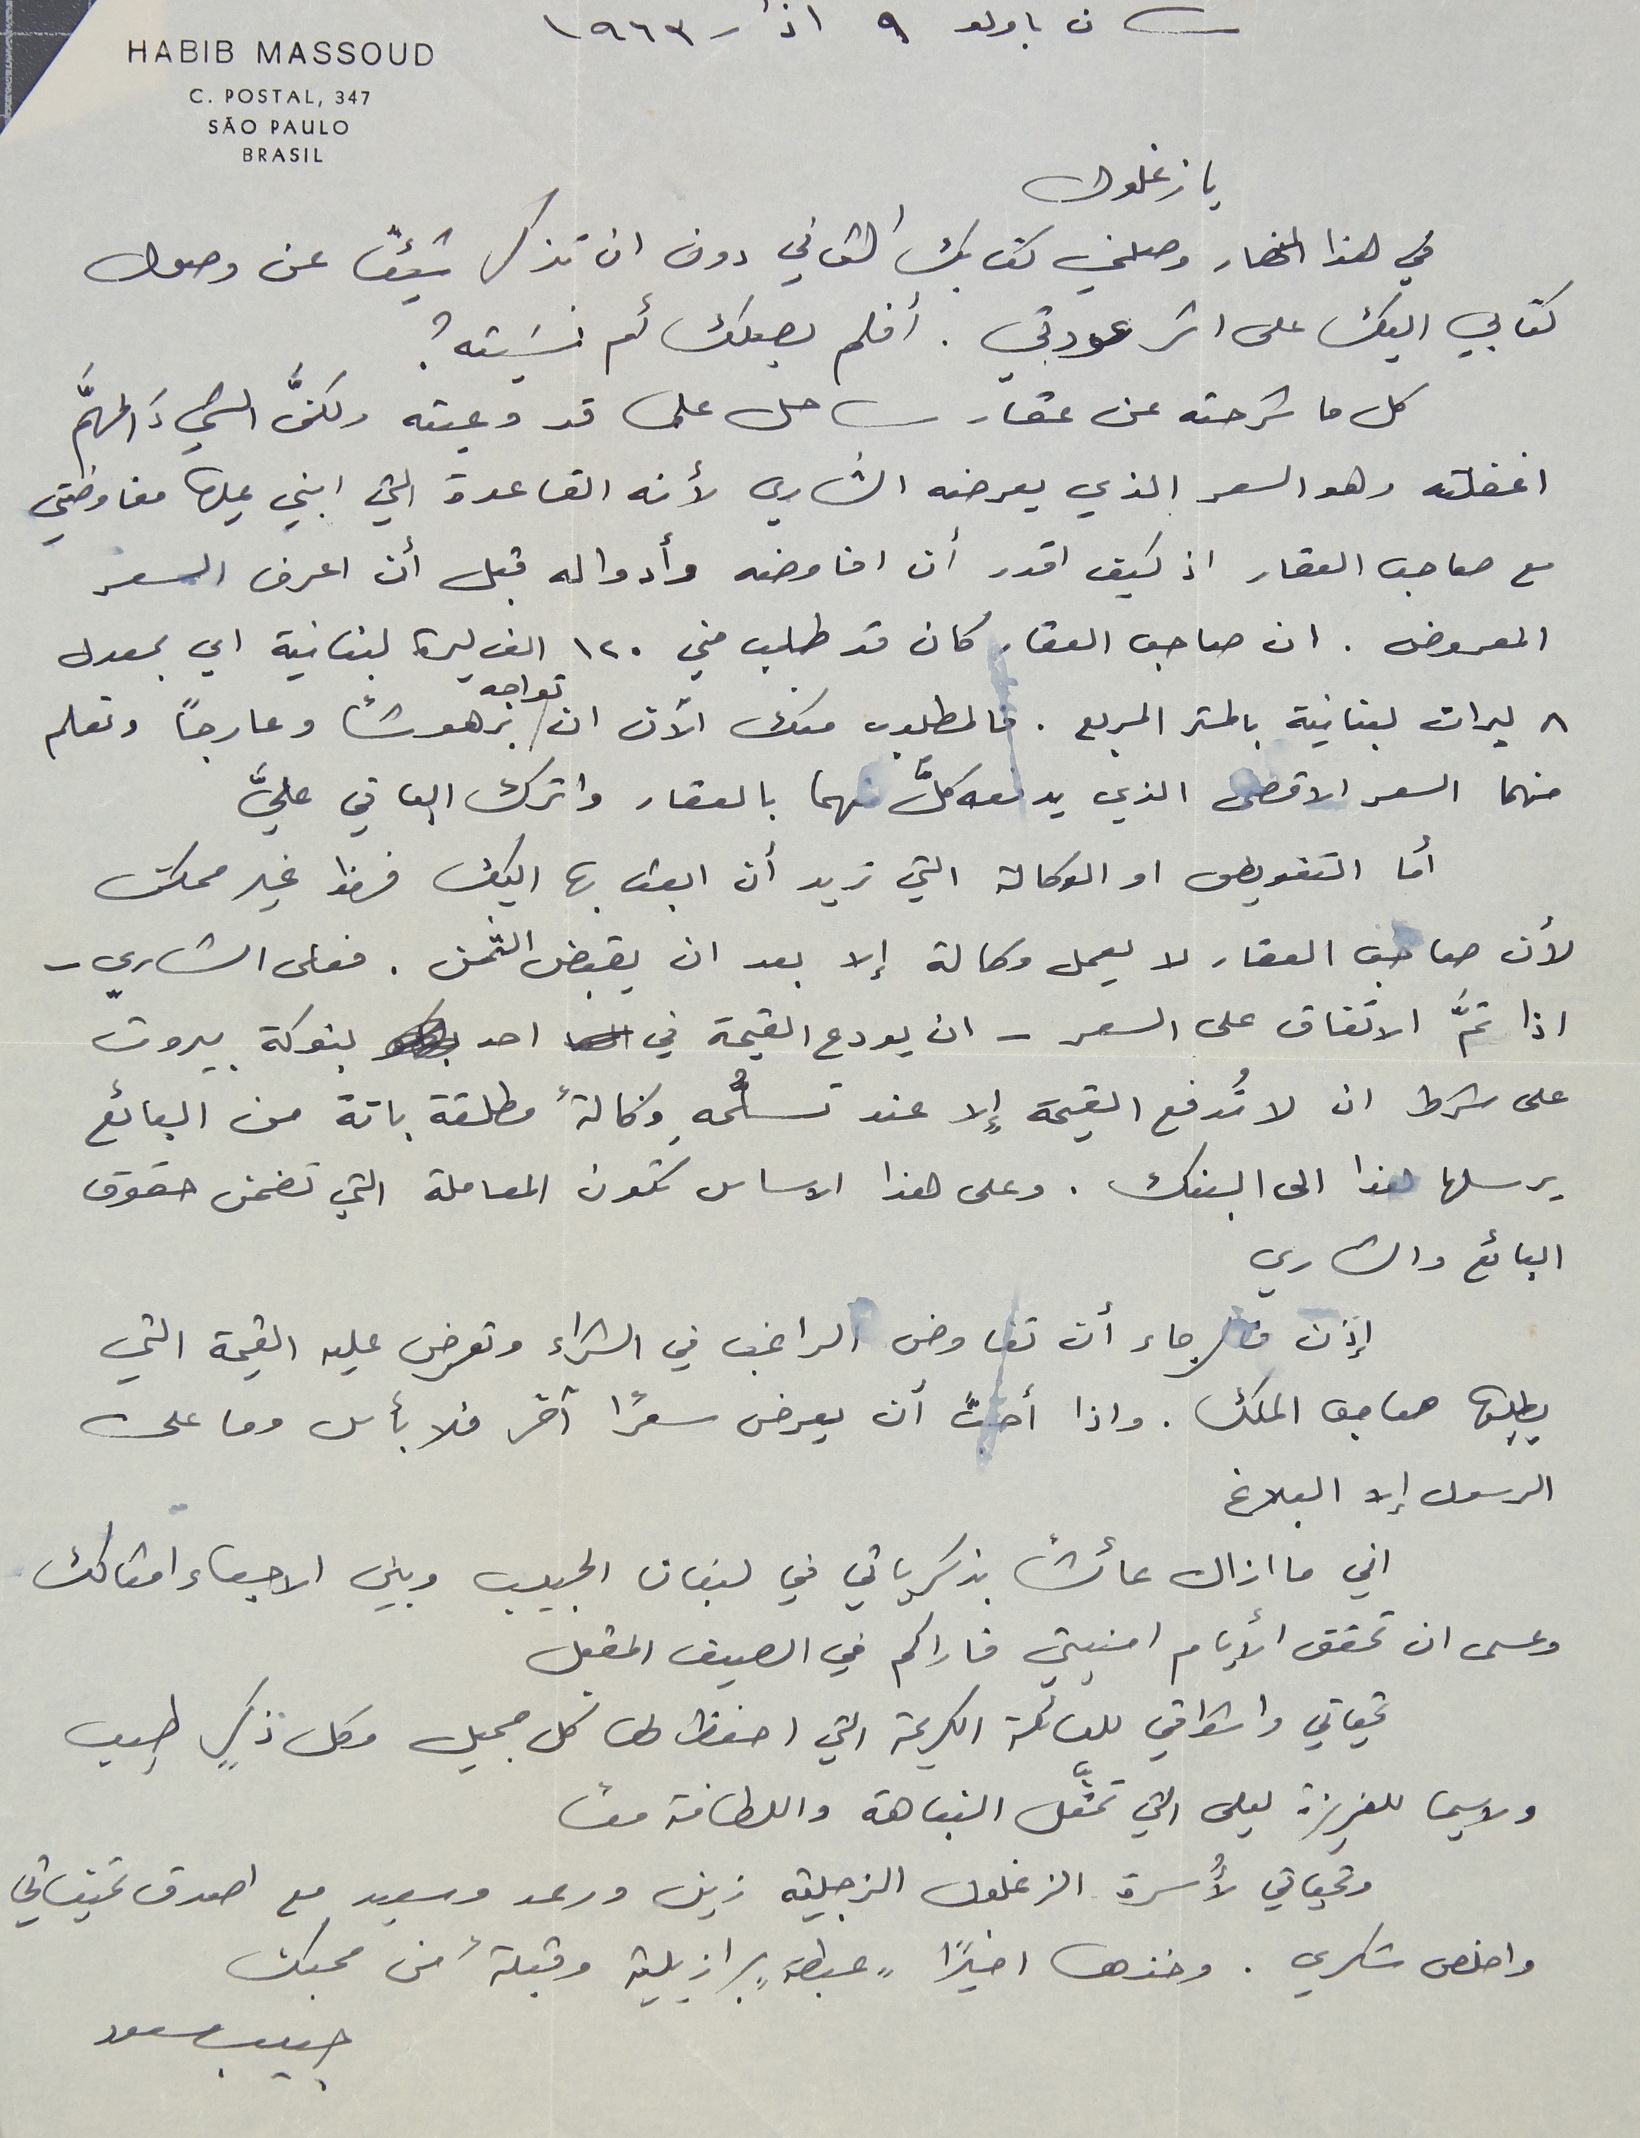
سان باولو ٩ اذار ١٩٦٣
HABIB MASSOUD
C. POSTAL, 347
 يا زغلول
كتابي اليك على اثر عودتي. أفلم يصلك أم نسَيته؟
كل ما شرحته عن عقار ساحل علما قد وعيته ولكنَّ الشيءَ المهَّم
اغفلته وهو السعر الذي يعرضه الشاري لأنه القاعدة التي ابني عليها مفاوضتي
مع صاحب العقار اذ كيف اقدر أن افاوضه وأدواله قبل أن اعرف السعر
المعروض . ان صاحب العقار كان قد طلب مني ١٢٠ الف ليرة لبنانية اي بمعدل
٨ ليرات لبنانية بالمتر الربع. فالمطلوب منك الآن ان تواجه برهوشًا وعارجاً وتعلم
منهما السعر الاقصى الذي يدفعه كلٌّ منهما بالعقار واترك الباقي عليَّ
 أما التفويض او الوكالة التي تريد أن ابعث بها اليك فهذا غير ممكن
لأن صاحب العقار لا يعمل وكالة إلا بعد ان يقبض الثمن. فعلى الشاري -
اذا تمَّ الاتفاق على السعر - ان يودع القيمة في احد بنوكة بيروت
 على شرط ان لا تُدفع القيمة إِلا عند تسلُّمهِ وكالةً مطلقة باتة من البائع
يرسلها هذا الى البنك. وعلى هذا الاساس تكون المعاملة التي تضمن حقوق
البائع والشاري
 إذن فالرجاء أن تفاوض الراغب في الشراء وتعرض عليه القيمة التي
يطلبها صاحب الملك. واذا أحبَّ أن يعرض سعرًا آخر فلا بأس وما على
الرسول إلا البلاغ
 اني ما ازال عائشاً بذكرياتي في لبنان الحبيب وبين الاحباء امثالك
 وعسى ان تحقق الأيام امنيتي فاراكم في الصيف المقبل
تحياتي واشواقي للعائلة الكريمة التي احفظ لها كل جميل وكل ذكرٍ طيب
ولاسيما للعزيزة ليلى التي تمثَّل النباهة واللطافة معًا
وتحياتي لأُسرة الزغلول الزجلية زين ورعد وسعيد مع اصدق تمنياتي
 واخلص شكري. وخذها اخيراً "عبطة" برازيلية وقبلةً من محبك
حبيب مسعود
SÃO PAULO
BRASIL
في هذا النهار وصلني كتابك الثاني دون ان تذكر شيئاً عن وصول